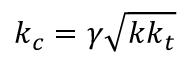
k _ { c } = \gamma \sqrt { k k _ { t } }